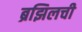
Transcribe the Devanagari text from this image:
ब्रझिलची